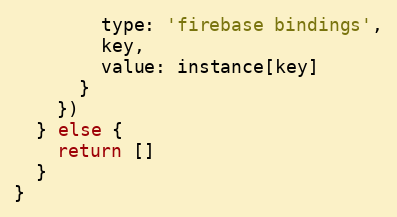
Language: JavaScript
        type: 'firebase bindings',
        key,
        value: instance[key]
      }
    })
  } else {
    return []
  }
}